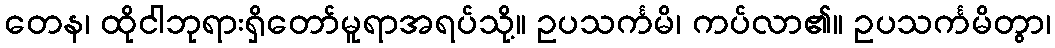
တေန၊ ထိုငါဘုရားရှိတော်မူရာအရပ်သို့။ ဥပသင်္ကမိ၊ ကပ်လာ၏။ ဥပသင်္ကမိတွာ၊